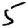
Digit: 5